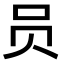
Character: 员